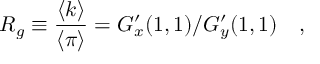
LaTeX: R _ { g } \equiv { \frac { \langle k \rangle } { \langle \pi \rangle } } = G _ { x } ^ { \prime } ( 1 , 1 ) / G _ { y } ^ { \prime } ( 1 , 1 ) \quad ,